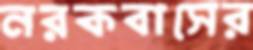
নরকবাসের